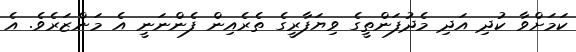
ކަމަށްވާ ކުދި އަދި މެދުފަންތީގެ ވިޔަފާރީގެ ތެރެއިން ފެންނަނީ އެ މަންޒަރެވެ. އެ